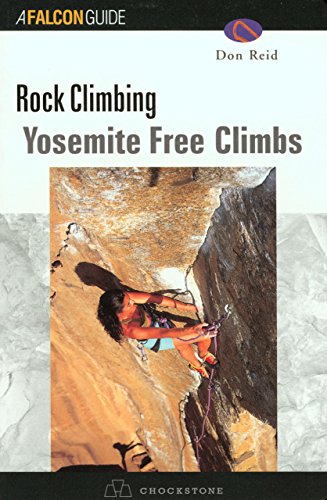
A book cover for Yosemite Climbs: Free Climbs; Don Reid; Sports & Outdoors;